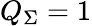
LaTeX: Q_{\Sigma}=1